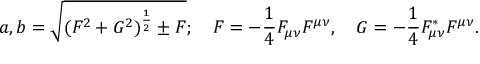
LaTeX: a , b = \sqrt { ( { \cal F } ^ { 2 } + { \cal G } ^ { 2 } ) ^ { \frac { 1 } { 2 } } \pm { \cal F } } ; \quad { \cal F } = - \frac { 1 } { 4 } F _ { \mu \nu } F ^ { \mu \nu } , \quad { \cal G } = - \frac { 1 } { 4 } F _ { \mu \nu } ^ { * } F ^ { \mu \nu } .